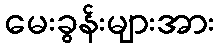
မေးခွန်းများအား